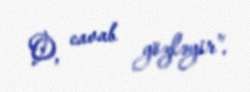
O, cavab gözləyir”.